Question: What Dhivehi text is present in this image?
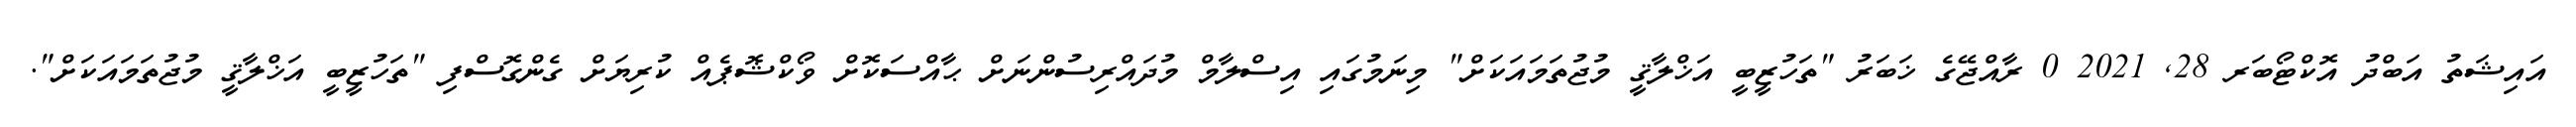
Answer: އައިޝަތު އަބްދު އޮކްޓޯބަރ 28, 2021 0 ރާއްޖޭގެ ޚަބަރު "ތަހުޒީބީ އަޚްލާޤީ މުޖުތަމައަކަށް" މިނަމުގައި އިސްލާމް މުދައްރިސުންނަށް ޙާއްސަކޮށް ވޯކްޝޮޕެއް ކުރިޔަށް ގެންގޮސްފި "ތަހުޒީބީ އަޚްލާޤީ މުޖުތަމައަކަށް".